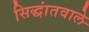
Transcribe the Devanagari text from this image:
सिद्धांतवाले